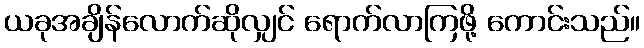
ယခုအချိန်လောက်ဆိုလျှင် ရောက်လာကြဖို့ ကောင်းသည်။